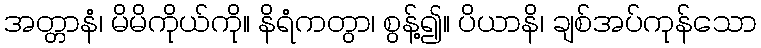
အတ္တာနံ၊ မိမိကိုယ်ကို။ နိရံကတွာ၊ စွန့်၍။ ပိယာနိ၊ ချစ်အပ်ကုန်သော